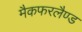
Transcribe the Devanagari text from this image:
मैकफरलैण्ड